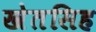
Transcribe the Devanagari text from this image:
खेतसिह